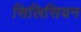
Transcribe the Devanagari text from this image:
सिलिसियन